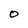
Character: 0